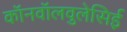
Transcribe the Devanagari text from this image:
कॉनवॉलवुलेसिई